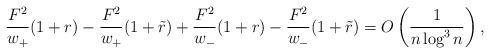
LaTeX: \begin{gather*}\frac{F^2}{w_+}(1 + r) - \frac{F^2}{w_+} (1 + \tilde{r}) + \frac{F^2}{w_-}(1 + r) - \frac{F^2}{w_-} (1 + \tilde{r}) = O\left(\frac{1}{n\log^3n}\right),\end{gather*}